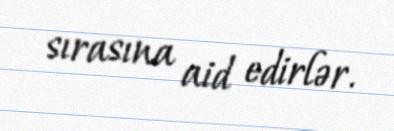
sırasına aid edirlər.